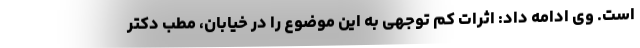
است. وی ادامه داد: اثرات کم توجهی به این موضوع را در خیابان، مطب دکتر